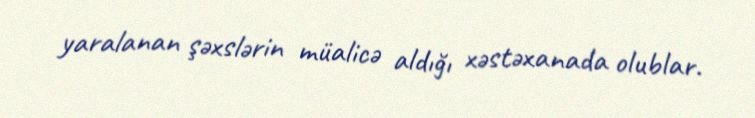
yaralanan şəxslərin müalicə aldığı xəstəxanada olublar.